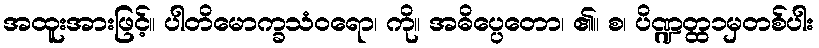
အထူးအားဖြင့်။ ပါတိမောက္ခသံဝရော၊ ကို။ အဓိပ္ပေတော၊ ၏။ စ၊ ပိဏ္ဍတ္ထ၁မှတစ်ပါး